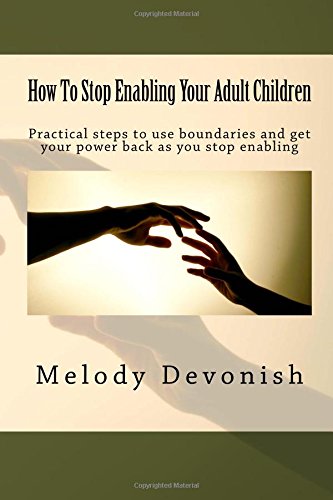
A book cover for How To Stop Enabling Your Adult Children: Practical steps to use boundaries and get your power back as you stop enabling (Empowering Change) (Volume 1); Melody Devonish; Parenting & Relationships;